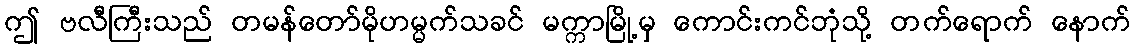
ဤ ဗလီကြီးသည် တမန်တော်မိုဟမ္မက်သခင် မက္ကာမြို့မှ ကောင်းကင်ဘုံသို့ တက်ရောက် နောက်